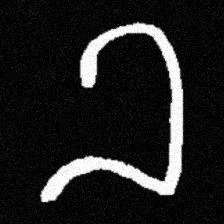
Pyu character \u2014 Myanmar letter: ခ (romanized: kha)